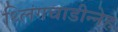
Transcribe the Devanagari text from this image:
थ्लिंगचाडीन्नेह